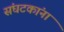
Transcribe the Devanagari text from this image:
संघटकांना